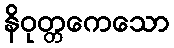
နိဝုတ္တကေသော